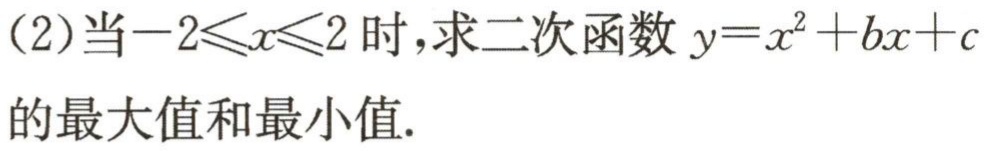
(2)当\(-2\leqslant x\leqslant 2\)时，求二次函数\(y = x^{2}+bx + c\)的最大值和最小值.